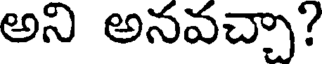
అని అనవచ్చా?